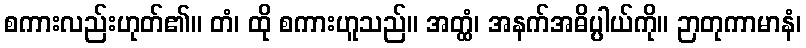
စကားလည်းဟုတ်၏။ တံ၊ ထို စကားဟူသည်။ အတ္ထံ၊ အနက်အဓိပ္ပါယ်ကို။ ဉာတုကာမာနံ၊